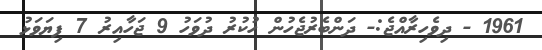
1961 - ދިވެހިރާއްޖެ:- ދަންބެރުޖެހުން ހުކުރު ދުވަހު 9 ޖަހާއިރު 7 ފިޔަވަޅު